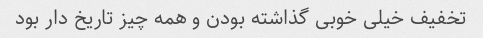
تخفیف خیلی خوبی گذاشته بودن و همه چیز تاریخ دار بود